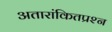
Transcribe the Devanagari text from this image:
अतारांकितप्रश्न